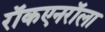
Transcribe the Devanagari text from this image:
राॅकएनराॅला